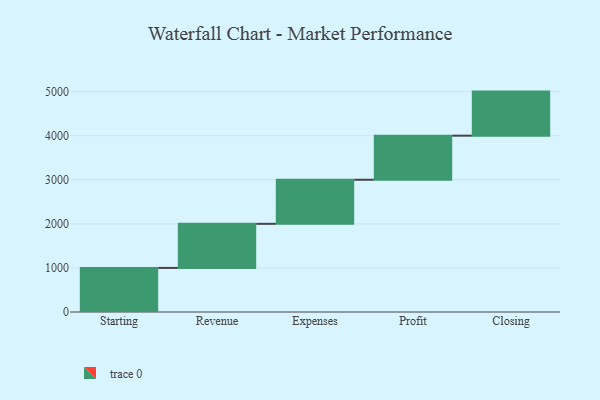
{"axis": {"x": "Step", "y": "Value"}, "legend": [""], "data": [{"x": "Starting", "y": 1000, "type": ""}, {"x": "Revenue", "y": 1000, "type": ""}, {"x": "Expenses", "y": 1000, "type": ""}, {"x": "Profit", "y": 1000, "type": ""}, {"x": "Closing", "y": 1000, "type": ""}]}